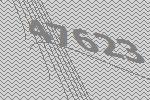
47623